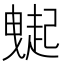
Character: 𧽇